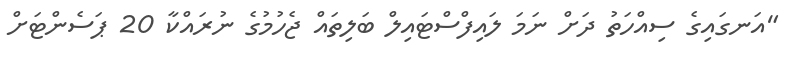
"އަނގައިގެ ސިއްހަތު ދަށް ނަމަ ލައިފްސްޓައިލް ބަލިތައް ޖެހުމުގެ ނުރައްކާ 20 ޕަސެންޓަށް